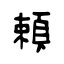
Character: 頼